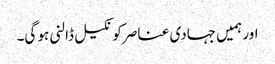
اور ہمیں جہادی عناصر کو نکیل ڈالنی ہو گی۔